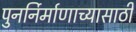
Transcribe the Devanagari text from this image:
पुनर्निर्माणाच्यासाठी